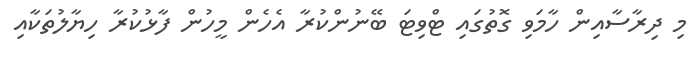
މި ދިރާސާއިން ހާމަވި ގޮތުގައި ޓްވިޓަ ބޭނުންކުރާ އެހެން މީހުން ފާޅުކުރާ ހިޔާލުތަކާއި